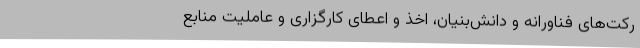
رکت‌های فناورانه و دانش‌بنیان، اخذ و اعطای کارگزاری و عاملیت منابع